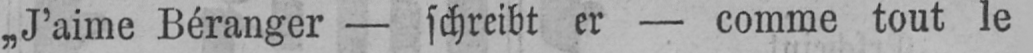
„J’aime Béranger - schreibt er - comme tout le